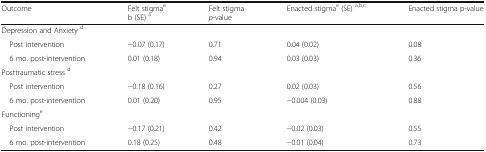
| Outcome | Felt stigmaeb (SE) a | Felt stigmap-value | Enacted stigmae (SE) a,b,c | Enacted stigma p-value |
 | --- | --- | --- | --- | --- |
 | <COLSPAN=5> Depression and Anxiety d |
 | Post intervention | −0.07 (0.17) | 0.71 | 0.04 (0.02) | 0.08 |
 | 6 mo. post-intervention | 0.01 (0.18) | 0.94 | 0.03 (0.03) | 0.36 |
 | <COLSPAN=5> Posttraumatic stress d |
 | Post intervention | −0.18 (0.16) | 0.27 | 0.02 (0.03) | 0.56 |
 | 6 mo. post-intervention | 0.01 (0.20) | 0.95 | −0.004 (0.03) | 0.88 |
 | <COLSPAN=5> Functioninge |
 | Post intervention | −0.17 (0.21) | 0.42 | −0.02 (0.03) | 0.55 |
 | 6 mo. post-intervention | 0.18 (0.25) | 0.48 | −0.01 (0.04) | 0.73 |